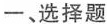
一、选择题